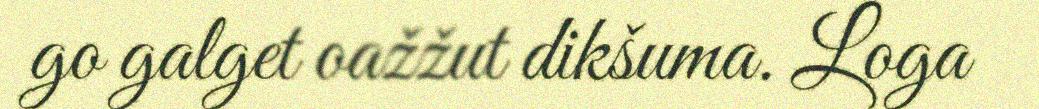
go galget oažžut dikšuma. Loga